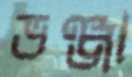
ভঞ্জা